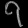
Digit: ၇